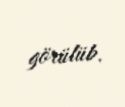
görülüb.